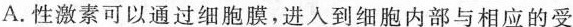
A.性激素可以通过细胞膜，进入到细胞内部与相应的受